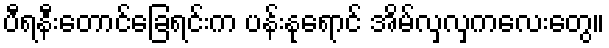
ပီရနီးတောင်ခြေရင်းက ပန်းနုရောင် အိမ်လှလှကလေးတွေ။